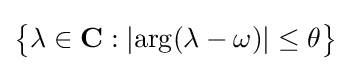
{\big \{}\lambda \in \mathbf {C} :|\mathrm {arg} (\lambda -\omega )|\leq \theta {\big \}}